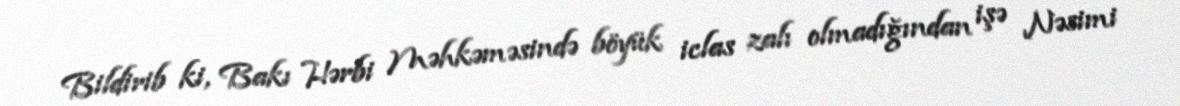
Bildirib ki, Bakı Hərbi Məhkəməsində böyük iclas zalı olmadığından işə Nəsimi